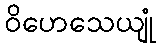
ဝိဟေသေယျုံ